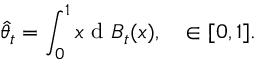
\widehat { \theta } _ { t } = \int _ { 0 } ^ { 1 } x \mathrm { ~ d ~ } B _ { t } ( x ) , \quad \in [ 0 , 1 ] .